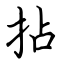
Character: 拈